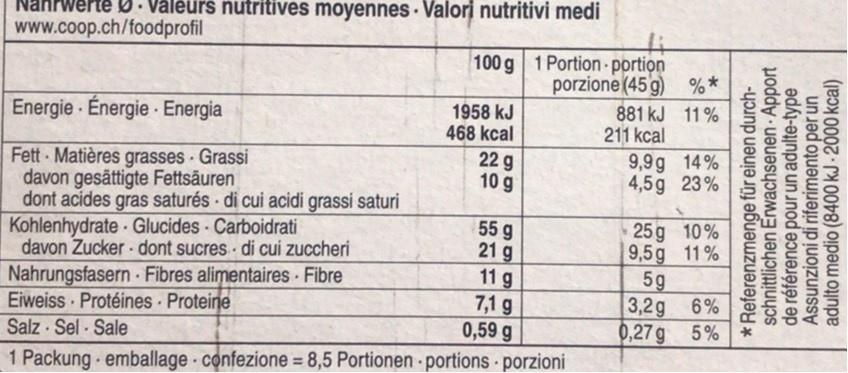
Nahrwerte D . Väléurs nutritives moyennes · Valori nutritivi medi
www.coop.ch/foodprofil
100 g 1 Portion portion porzione (45 g) %*
Energie · Énergie · Energia
1958 kJ 468 kcal
881 kJ 11 % 211 kcal
Fett Matières grasses Grassi davon gesättigte Fettsäuren dont acides gras saturés di cui acidi grassi saturi Kohlenhydrate Glucides Carboidrati davon Zucker - dont sucres di cui zuccheri
22 g 10 g
9,9g 14% 4,5g 23%
55 g 21 g 11 g 7,1 g 0,59 g 1 Packung emballage confezione = 8,5 Portionen portions porzioni
25 g 10% 9,5g 11% 5g 3,2g 6% 0,27g 5%
Nahrungsfasern Fibres alimentaires Fibre Eiweiss Protéines Proteine Salz · Sel - Sale
%3D
* Referenzmenge für einen durch- schnittlichen Erwachsenen Apport de référence pour un adulte-type Assunzioni di riferimento per un adulto medio (8400 kJ-2000 kcal)